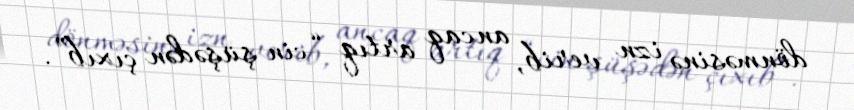
dönməsinə izn verib, ancaq artıq “cin şüşədən çıxıb”.